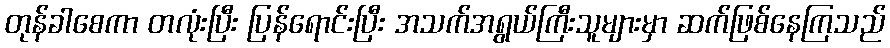
တုန်ခါစေကာ တလုံးပြီး ပြန်ရောင်းပြီး အသက်အရွယ်ကြီးသူများမှာ ဆက်ဖြစ်နေကြသည်